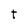
Character: t